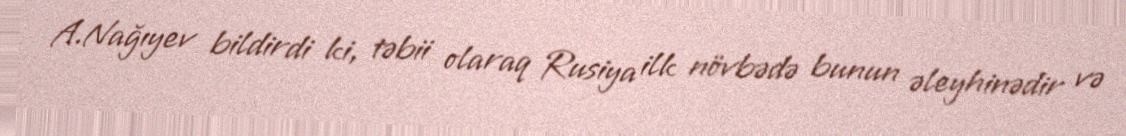
A.Nağıyev bildirdi ki, təbii olaraq Rusiya ilk növbədə bunun əleyhinədir və